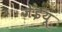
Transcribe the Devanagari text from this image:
जेईयू